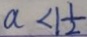
a < 1 \frac { 1 } { 2 }